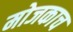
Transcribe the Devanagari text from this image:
मोजकाच